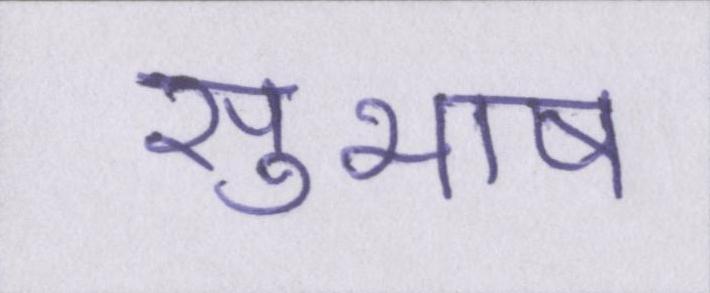
सुभाष